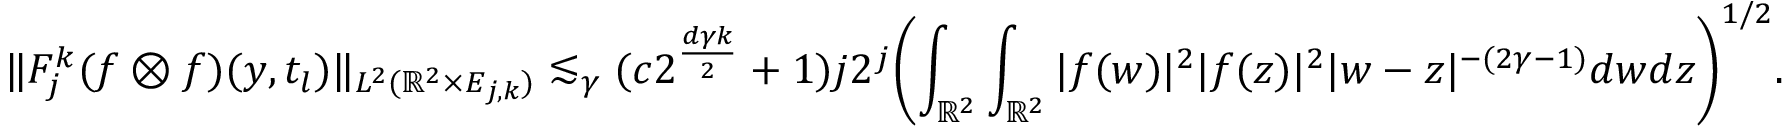
\| F _ { j } ^ { k } ( f \otimes f ) ( y , t _ { l } ) \| _ { L ^ { 2 } ( { \mathbb { R } } ^ { 2 } \times E _ { j , k } ) } \lesssim _ { \gamma } ( c 2 ^ { \frac { d \gamma k } { 2 } } + 1 ) j 2 ^ { j } \biggl ( \int _ { \mathbb { R } ^ { 2 } } \int _ { \mathbb { R } ^ { 2 } } | f ( w ) | ^ { 2 } | f ( z ) | ^ { 2 } | w - z | ^ { - ( 2 \gamma - 1 ) } d w d z \biggl ) ^ { 1 / 2 } .